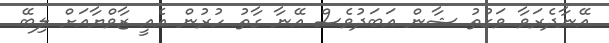
އޭނާދެރަވާ ވަގުތު ޝާން އަބަދުވެސް އޭނާ ގާތު ހުރުން އެއީ ޒާވްޔާއަށް ލިބޭ